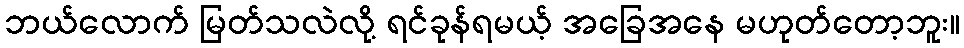
ဘယ်လောက် မြတ်သလဲလို့ ရင်ခုန်ရမယ့် အခြေအနေ မဟုတ်တော့ဘူး။